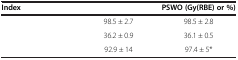
<table><thead><tr><td><b>Index</b></td><td>[EMPTY_CELL]</td><td><b>PSWO (Gy(RBE) or %)</b></td></tr></thead><tbody><tr><td>[EMPTY_CELL]</td><td>98.5 ± 2.7</td><td>98.5 ± 2.8</td></tr><tr><td>[EMPTY_CELL]</td><td>36.2 ± 0.9</td><td>36.1 ± 0.5</td></tr><tr><td>[EMPTY_CELL]</td><td>92.9 ± 14</td><td>97.4 ± 5*</td></tr></tbody></table>